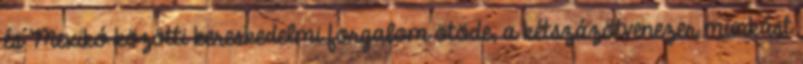
és Mexikó közötti kereskedelmi forgalom ötöde, a kétszázötvenezer munkást